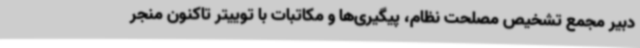
دبیر مجمع تشخیص مصلحت نظام، پیگیری‌ها و مکاتبات با توییتر تاکنون منجر